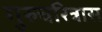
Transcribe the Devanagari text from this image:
गुरुचरित्रास